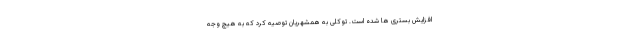
افزایش بستری ها شده است. توکلی به همشهریان توصیه کرد که به هیچ وجه